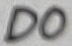
Text: D0